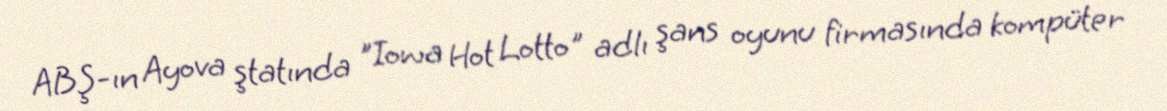
ABŞ-ın Ayova ştatında "Iowa Hot Lotto" adlı şans oyunu firmasında kompüter